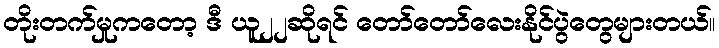
တိုးတက်မှုကတော့ ဒီ ယူ၂၂ဆိုရင် တော်တော်လေးနိုင်ပွဲတွေများတယ်။